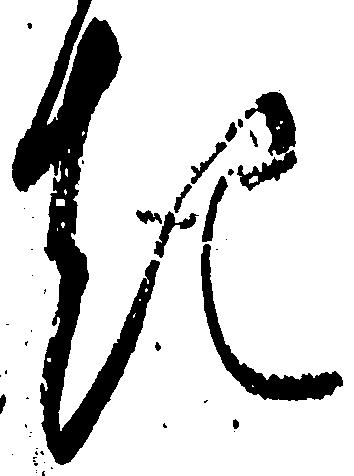
き